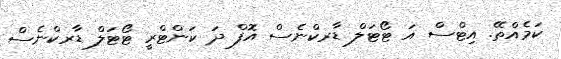
ކަމެއްތޭ. އިޓްސް އަ ޓޯޓަލް ޑާރކްނެސް އޮފް ދަ ކަންޓްރީ ޓޯޯޓަލް ޑާރކްނެސް